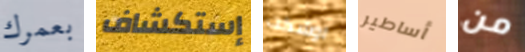
بعمرك إستكشاف اوشكت أساطير من